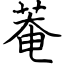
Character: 菴